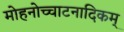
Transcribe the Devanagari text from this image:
मोहनोच्चाटनादिकम्